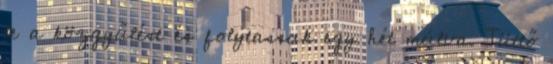
le a közgyűlést és folytassuk egy hét múlva. Tüttő